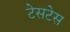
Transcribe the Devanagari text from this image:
टेसटेस